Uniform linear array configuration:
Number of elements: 32
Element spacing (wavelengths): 0.75
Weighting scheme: cosine
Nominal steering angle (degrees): -15
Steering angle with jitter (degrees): -14.877
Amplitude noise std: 0.05
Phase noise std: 0.05

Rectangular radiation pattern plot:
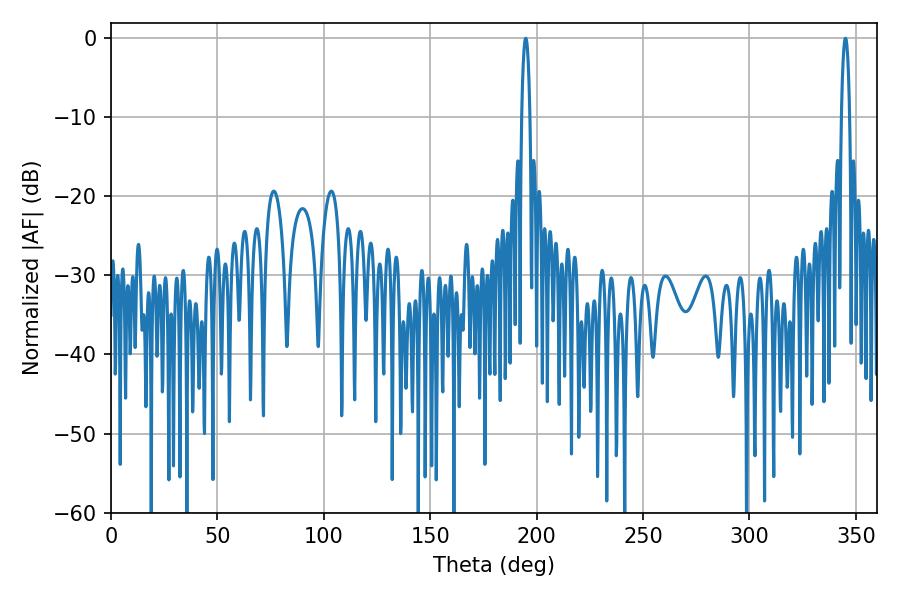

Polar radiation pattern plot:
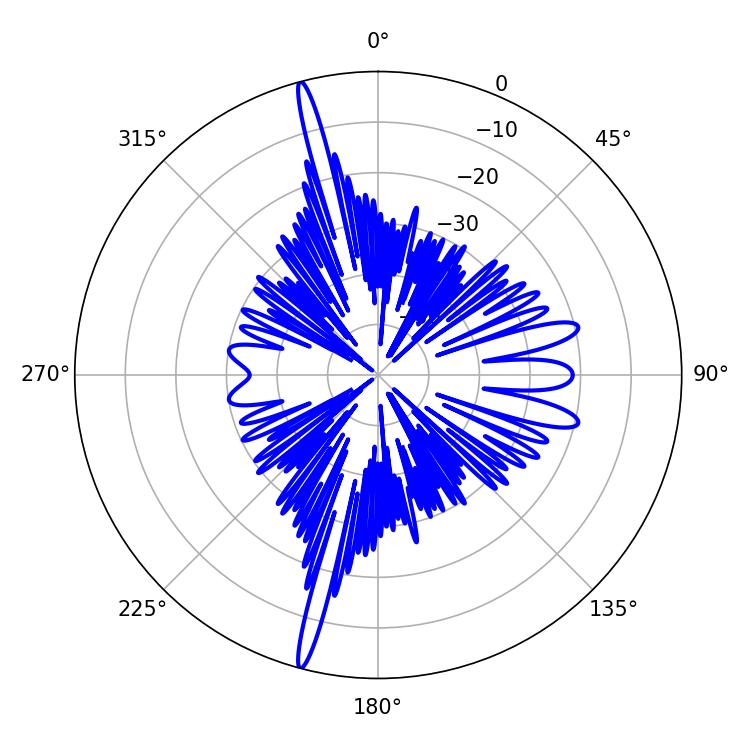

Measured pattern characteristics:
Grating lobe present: TRUE
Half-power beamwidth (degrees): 2.16
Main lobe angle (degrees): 345.06